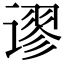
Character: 谬